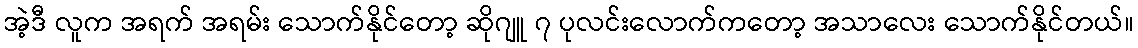
အဲ့ဒီ လူက အရက် အရမ်း သောက်နိုင်တော့ ဆိုဂျူ ၇ ပုလင်းလောက်ကတော့ အသာလေး သောက်နိုင်တယ်။